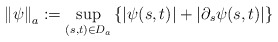
\begin{align*}\left\| \psi \right\|_a:=\underset{(s,t)\in D_a}\sup\left\{|\psi(s,t)|+|\partial_s \psi(s,t)| \right\}\end{align*}